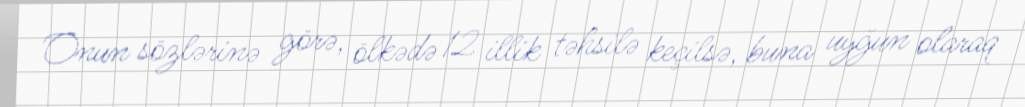
Onun sözlərinə görə, ölkədə 12 illik təhsilə keçilsə, buna uyğun olaraq